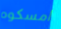
امسكوه